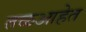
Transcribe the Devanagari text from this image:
तळआहेत